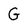
Character: G